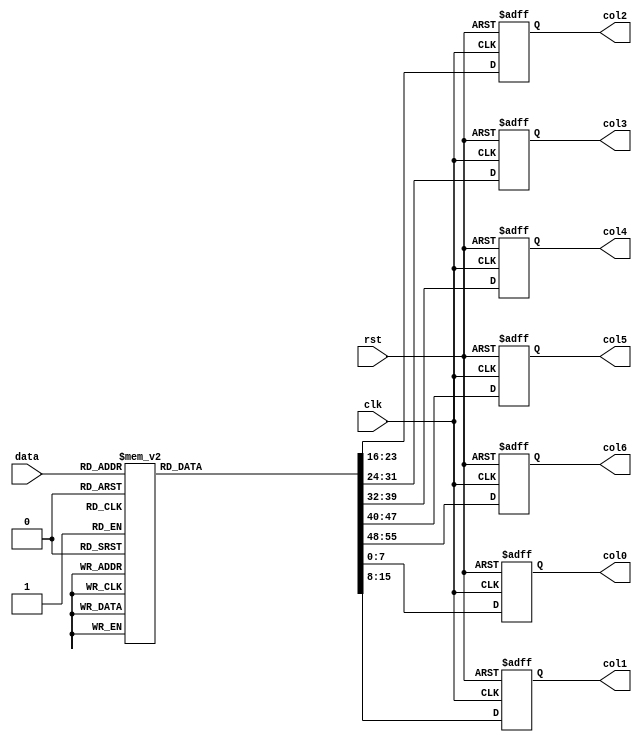
`timescale 1ns / 1ps

module RAM_set(
	input clk,
	input rst,
	input [5:0] data,
	output reg [7:0] col0,
	output reg [7:0] col1,
	output reg [7:0] col2,
	output reg [7:0] col3,
	output reg [7:0] col4,
	output reg [7:0] col5,
	output reg [7:0] col6
	);

	always @(posedge clk or negedge rst)
		begin
			if (!rst)
				begin
					col0 <= 8'b0000_0000;
					col1 <= 8'b0000_0000;
					col2 <= 8'b0000_0000;
					col3 <= 8'b0000_0000;
					col4 <= 8'b0000_0000;
					col5 <= 8'b0000_0000;
					col6 <= 8'b0000_0000;
				end
			else
				begin
					case (data)
						6'b00_0000: // "0"
							begin
								col0 <= 8'b0000_0000;
								col1 <= 8'b0011_1110;
								col2 <= 8'b0101_0001;
								col3 <= 8'b0100_1001;
								col4 <= 8'b0100_0101;
								col5 <= 8'b0011_1110;
								col6 <= 8'b0000_0000;
							end
						6'b00_0001: // "1"
							begin
								col0 <= 8'b0000_0000;
								col1 <= 8'b0000_0000;;
								col2 <= 8'b0100_0010;
								col3 <= 8'b0111_1111;
								col4 <= 8'b0100_0000;
								col5 <= 8'b0000_0000;;
								col6 <= 8'b0000_0000;
							end
						6'b00_0010: // "2"
							begin
								col0 <= 8'b0000_0000;
								col1 <= 8'b0100_0010;
								col2 <= 8'b0110_0001;
								col3 <= 8'b0101_0001;
								col4 <= 8'b0100_1001;
								col5 <= 8'b0100_0110;
								col6 <= 8'b0000_0000;
							end
						6'b00_0011: // "3"
							begin
								col0 <= 8'b0000_0000;
								col1 <= 8'b0010_0010;
								col2 <= 8'b0100_0001;
								col3 <= 8'b0100_1001;
								col4 <= 8'b0100_1001;
								col5 <= 8'b0011_0110;
								col6 <= 8'b0000_0000;
							end
						6'b00_0100: // "4"
							begin
								col0 <= 8'b0000_0000;
								col1 <= 8'b0001_1000;
								col2 <= 8'b0001_0100;
								col3 <= 8'b0001_0010;
								col4 <= 8'b0111_1111;
								col5 <= 8'b0001_0000;
								col6 <= 8'b0000_0000;
							end
						6'b00_0101: // "5"
							begin
								col0 <= 8'b0000_0000;
								col1 <= 8'b0010_0111;
								col2 <= 8'b0100_0101;
								col3 <= 8'b0100_0101;
								col4 <= 8'b0100_0101;
								col5 <= 8'b0011_1001;
								col6 <= 8'b0000_0000;
							end
						6'b00_0110: // "6"
							begin
								col0 <= 8'b0000_0000;
								col1 <= 8'b0011_1110;
								col2 <= 8'b0100_1001;
								col3 <= 8'b0100_1001;
								col4 <= 8'b0100_1001;
								col5 <= 8'b0011_0010;
								col6 <= 8'b0000_0000;
							end
						6'b00_0111: // "7"
							begin
								col0 <= 8'b0000_0000;
								col1 <= 8'b0110_0001;
								col2 <= 8'b0001_0001;
								col3 <= 8'b0000_1001;
								col4 <= 8'b0000_0101;
								col5 <= 8'b0000_0011;
								col6 <= 8'b0000_0000;
							end
						6'b00_1000: // "8"
							begin
								col0 <= 8'b0000_0000;
								col1 <= 8'b0011_0110;
								col2 <= 8'b0100_1001;
								col3 <= 8'b0100_1001;
								col4 <= 8'b0100_1001;
								col5 <= 8'b0011_0110;
								col6 <= 8'b0000_0000;
							end
						6'b00_1001: // "9"
							begin
								col0 <= 8'b0000_0000;
								col1 <= 8'b0010_0110;
								col2 <= 8'b0100_1001;
								col3 <= 8'b0100_1001;
								col4 <= 8'b0100_1001;
								col5 <= 8'b0011_1110;
								col6 <= 8'b0000_0000;
							end
						6'b00_1010: // "A"
							begin
								col0 <= 8'b0000_0000;
								col1 <= 8'b0111_1100;
								col2 <= 8'b0001_0010;
								col3 <= 8'b0001_0001;
								col4 <= 8'b0001_0010;
								col5 <= 8'b0111_1100;
								col6 <= 8'b0000_0000;
							end
						6'b00_1011: // "B"
							begin
								col0 <= 8'b0000_0000;
								col1 <= 8'b0111_1111;
								col2 <= 8'b0100_1001;
								col3 <= 8'b0100_1001;
								col4 <= 8'b0100_1001;
								col5 <= 8'b0011_0110;
								col6 <= 8'b0000_0000;
							end
						6'b00_1100: // "C"
							begin
								col0 <= 8'b0000_0000;
								col1 <= 8'b0011_1110;
								col2 <= 8'b0100_0001;
								col3 <= 8'b0100_0001;
								col4 <= 8'b0100_0001;
								col5 <= 8'b0010_0010;
								col6 <= 8'b0000_0000;
							end
						6'b00_1101: // "D"
							begin
								col0 <= 8'b0000_0000;
								col1 <= 8'b0111_1111;
								col2 <= 8'b0100_0001;
								col3 <= 8'b0100_0001;
								col4 <= 8'b0100_0001;
								col5 <= 8'b0011_1110;
								col6 <= 8'b0000_0000;
							end
						6'b00_1110: // "E"
							begin
								col0 <= 8'b0000_0000;
								col1 <= 8'b0111_1111;
								col2 <= 8'b0100_1001;
								col3 <= 8'b0100_1001;
								col4 <= 8'b0100_1001;
								col5 <= 8'b0100_0001;
								col6 <= 8'b0000_0000;
							end
						6'b00_1111: // "F"
							begin
								col0 <= 8'b0000_0000;
								col1 <= 8'b0111_1111;
								col2 <= 8'b0000_1001;
								col3 <= 8'b0000_1001;
								col4 <= 8'b0000_1001;
								col5 <= 8'b0000_0001;
								col6 <= 8'b0000_0000;
							end
						6'b01_0000: // "G"
							begin
								col0 <= 8'b0000_0000;
								col1 <= 8'b0011_1110;
								col2 <= 8'b0100_0001;
								col3 <= 8'b0100_1001;
								col4 <= 8'b0100_1001;
								col5 <= 8'b0011_1010;
								col6 <= 8'b0000_0000;
							end
						6'b01_0001: // "H"
							begin
								col0 <= 8'b0000_0000;
								col1 <= 8'b0111_1111;
								col2 <= 8'b0000_1000;
								col3 <= 8'b0000_1000;
								col4 <= 8'b0000_1000;
								col5 <= 8'b0111_1111;
								col6 <= 8'b0000_0000;
							end
						6'b01_0010: // "I"
							begin
								col0 <= 8'b0000_0000;
								col1 <= 8'b0000_0000;
								col2 <= 8'b0100_0001;
								col3 <= 8'b0111_1111;
								col4 <= 8'b0100_0001;
								col5 <= 8'b0000_0000;
								col6 <= 8'b0000_0000;
							end
						6'b01_0011: // "J"
							begin
								col0 <= 8'b0000_0000;
								col1 <= 8'b0010_0000;
								col2 <= 8'b0100_0001;
								col3 <= 8'b0100_0001;
								col4 <= 8'b0011_1111;
								col5 <= 8'b0000_0001;
								col6 <= 8'b0000_0000;
							end
						6'b01_0100: // "K"
							begin
								col0 <= 8'b0000_0000;
								col1 <= 8'b0111_1111;
								col2 <= 8'b0000_1000;
								col3 <= 8'b0001_0100;
								col4 <= 8'b0010_0010;
								col5 <= 8'b0100_0001;
								col6 <= 8'b0000_0000;
							end
						6'b01_0101: // "L"
							begin
								col0 <= 8'b0000_0000;
								col1 <= 8'b0111_1111;
								col2 <= 8'b0100_0000;
								col3 <= 8'b0100_0000;
								col4 <= 8'b0100_0000;
								col5 <= 8'b0100_0000;
								col6 <= 8'b0000_0000;
							end
						6'b01_0110: // "M"
							begin
								col0 <= 8'b0000_0000;
								col1 <= 8'b0111_1111;
								col2 <= 8'b0000_0010;
								col3 <= 8'b0000_1100;
								col4 <= 8'b0000_0010;
								col5 <= 8'b0111_1111;
								col6 <= 8'b0000_0000;
							end
						6'b01_0111: // "N"
							begin
								col0 <= 8'b0000_0000;
								col1 <= 8'b0111_1111;
								col2 <= 8'b0000_0010;
								col3 <= 8'b0000_0100;
								col4 <= 8'b0000_1000;
								col5 <= 8'b0111_1111;
								col6 <= 8'b0000_0000;
							end
						6'b01_1000: // "O"
							begin
								col0 <= 8'b0000_0000;
								col1 <= 8'b0011_1110;
								col2 <= 8'b0100_0001;
								col3 <= 8'b0100_0001;
								col4 <= 8'b0100_0001;
								col5 <= 8'b0011_1110;
								col6 <= 8'b0000_0000;
							end
						6'b01_1001: // "P"
							begin
								col0 <= 8'b0000_0000;
								col1 <= 8'b0111_1111;
								col2 <= 8'b0000_1001;
								col3 <= 8'b0000_1001;
								col4 <= 8'b0000_1001;
								col5 <= 8'b0000_0110;
								col6 <= 8'b0000_0000;
							end
						6'b01_1010: // "Q"
							begin
								col0 <= 8'b0000_0000;
								col1 <= 8'b0011_1110;
								col2 <= 8'b0100_0001;
								col3 <= 8'b0101_0001;
								col4 <= 8'b0110_0001;
								col5 <= 8'b0111_1110;
								col6 <= 8'b0000_0000;
							end
						6'b01_1011: // "R"
							begin
								col0 <= 8'b0000_0000;
								col1 <= 8'b0111_1111;
								col2 <= 8'b0000_1001;
								col3 <= 8'b0001_1001;
								col4 <= 8'b0010_1001;
								col5 <= 8'b0100_0110;
								col6 <= 8'b0000_0000;
							end
						6'b01_1100: // "S"
							begin
								col0 <= 8'b0000_0000;
								col1 <= 8'b0010_0110;
								col2 <= 8'b0100_1001;
								col3 <= 8'b0100_1001;
								col4 <= 8'b0100_1001;
								col5 <= 8'b0011_0010;
								col6 <= 8'b0000_0000;
							end
						6'b01_1101: // "T"
							begin
								col0 <= 8'b0000_0000;
								col1 <= 8'b0000_0001;
								col2 <= 8'b0000_0001;
								col3 <= 8'b0111_1111;
								col4 <= 8'b0000_0001;
								col5 <= 8'b0000_0001;
								col6 <= 8'b0000_0000;
							end
						6'b01_1110: // "U"
							begin
								col0 <= 8'b0000_0000;
								col1 <= 8'b0011_1111;
								col2 <= 8'b0100_0000;
								col3 <= 8'b0100_0000;
								col4 <= 8'b0100_0000;
								col5 <= 8'b0011_1111;
								col6 <= 8'b0000_0000;
							end
						6'b01_1111: // "V"
							begin
								col0 <= 8'b0000_0000;
								col1 <= 8'b0001_1111;
								col2 <= 8'b0010_0000;
								col3 <= 8'b0100_0000;
								col4 <= 8'b0010_0000;
								col5 <= 8'b0001_1111;
								col6 <= 8'b0000_0000;
							end
						6'b10_0000: // "W"
							begin
								col0 <= 8'b0000_0000;
								col1 <= 8'b0011_1111;
								col2 <= 8'b0100_0000;
								col3 <= 8'b0011_0000;
								col4 <= 8'b0100_0000;
								col5 <= 8'b0011_1111;
								col6 <= 8'b0000_0000;
							end
						6'b10_0001: // "X"
							begin
								col0 <= 8'b0000_0000;
								col1 <= 8'b0110_0011;
								col2 <= 8'b0001_0100;
								col3 <= 8'b0000_1000;
								col4 <= 8'b0001_0100;
								col5 <= 8'b0110_0011;
								col6 <= 8'b0000_0000;
							end
						6'b10_0010: // "Y"
							begin
								col0 <= 8'b0000_0000;
								col1 <= 8'b0000_0011;
								col2 <= 8'b0000_0100;
								col3 <= 8'b0111_1000;
								col4 <= 8'b0000_0100;
								col5 <= 8'b0000_0011;
								col6 <= 8'b0000_0000;
							end
						6'b10_0011: // "Z"
							begin
								col0 <= 8'b0000_0000;
								col1 <= 8'b0110_0001;
								col2 <= 8'b0101_0001;
								col3 <= 8'b0100_1001;
								col4 <= 8'b0100_0101;
								col5 <= 8'b0100_0011;
								col6 <= 8'b0000_0000;
							end
						6'b11_1110: // " "
							begin
								col0 <= 8'b0000_0000;
								col1 <= 8'b0000_0000;
								col2 <= 8'b0000_0000;
								col3 <= 8'b0000_0000;
								col4 <= 8'b0000_0000;
								col5 <= 8'b0000_0000;
								col6 <= 8'b0000_0000;
							end
						6'b11_1111: // ":"
							begin
								col0 <= 8'b0000_0000;
								col1 <= 8'b0000_0000;
								col2 <= 8'b0011_0110;
								col3 <= 8'b0011_0110;
								col4 <= 8'b0000_0000;
								col5 <= 8'b0000_0000;
								col6 <= 8'b0000_0000;
							end
						default: // "*"
							begin
								col0 <= 8'b0000_0000;
								col1 <= 8'b0010_0010;
								col2 <= 8'b0001_0100;
								col3 <= 8'b0000_1000;
								col4 <= 8'b0001_0100;
								col5 <= 8'b0010_0010;
								col6 <= 8'b0000_0000;
							end
					endcase
				end
		end

endmodule